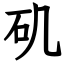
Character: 矶